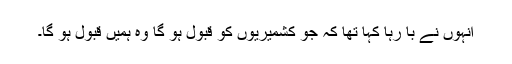
انہوں نے با رہا کہا تھا کہ جو کشمیریوں کو قبول ہو گا وہ ہمیں قبول ہو گا۔